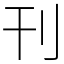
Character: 刊